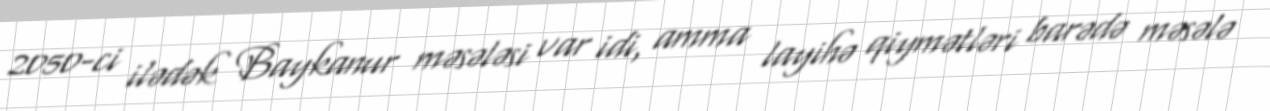
2050-ci ilədək Baykanur məsələsi var idi, amma layihə qiymətləri barədə məsələ